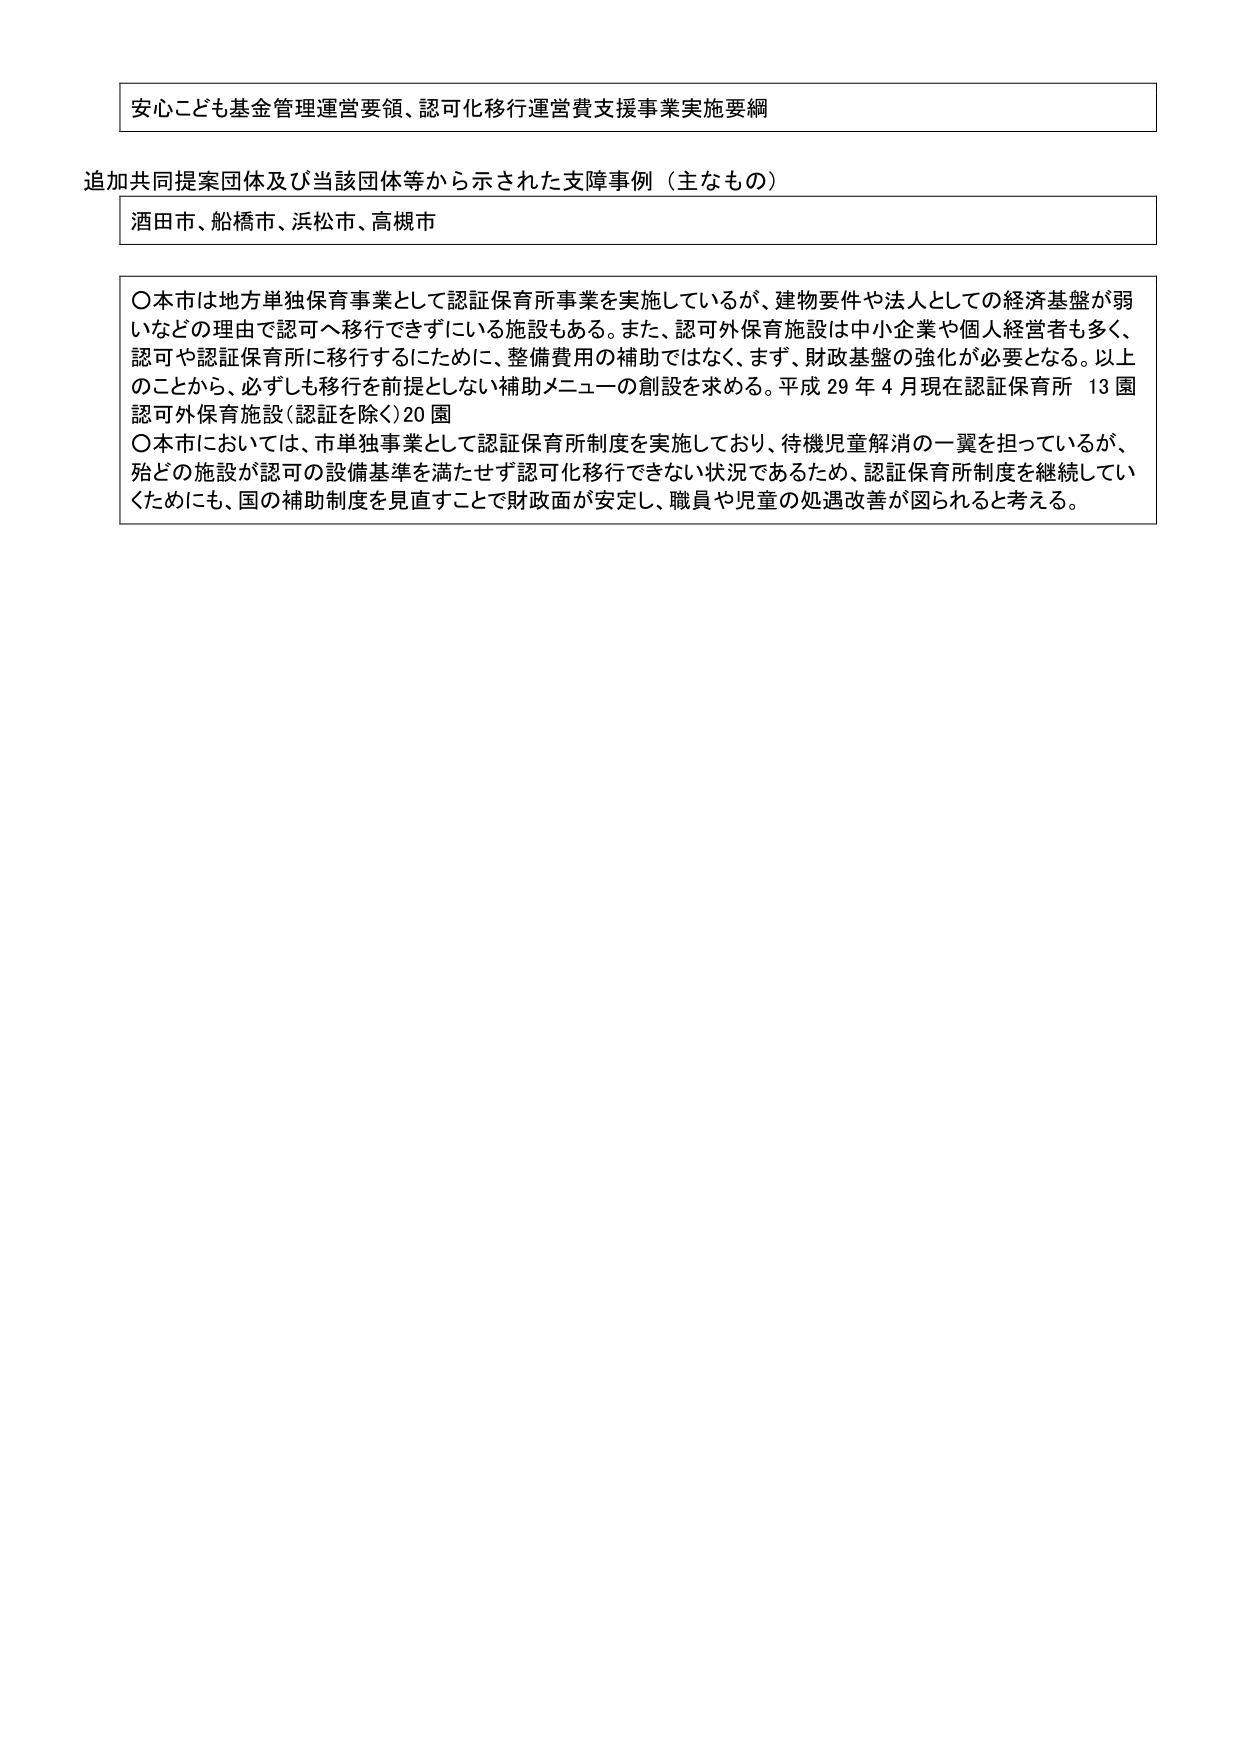
安心こども基金管理運営要領、認可化移行運営費支援事業実施要綱

追加共同提案団体及び当該団体等から示された支援事例（主なもの）

酒田市、船橋市、浜松市、高槻市

〇本市は地方単独保育事業として認証保育所事業を実施しているが、建物要件や法人としての経済基盤が弱いなどの理由で認可へ移行できずにいる施設もある。また、認可外保育施設は中小企業や個人経営者も多く、認可や認証保育所に移行するために、整備費用の補助ではなく、まず、財政基盤の強化が必要となる。以上のことから、必ずしも移行を前提としない補助メニューの創設を求める。平成29年4月現在認証保育所13園 認可外保育施設（認証を除く）20園

〇本市においては、市単独事業として認証保育所制度を実施しており、待機児童解消の一翼を担っているが、殆どの施設が認可の設備基準を満たせず認可化移行できない状況であるため、認証保育所制度を継続していくためにも、国の補助制度を見直すことで財政面が安定し、職員や児童の処遇改善が図られると考える。